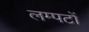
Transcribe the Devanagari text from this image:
लम्पटों